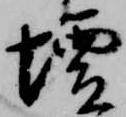
壇